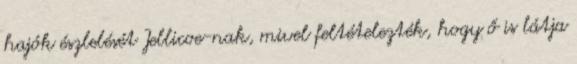
hajók észlelését Jellicoe-nak, mivel feltételezték, hogy ő is látja